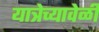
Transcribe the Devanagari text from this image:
यात्रेच्यावेळी